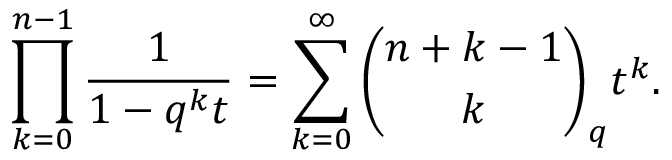
\prod _ { k = 0 } ^ { n - 1 } { \frac { 1 } { 1 - q ^ { k } t } } = \sum _ { k = 0 } ^ { \infty } { \binom { n + k - 1 } { k } } _ { q } t ^ { k } .